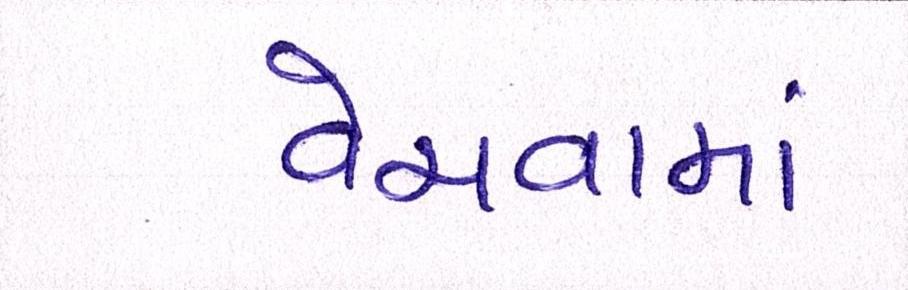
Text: વેચવામાં